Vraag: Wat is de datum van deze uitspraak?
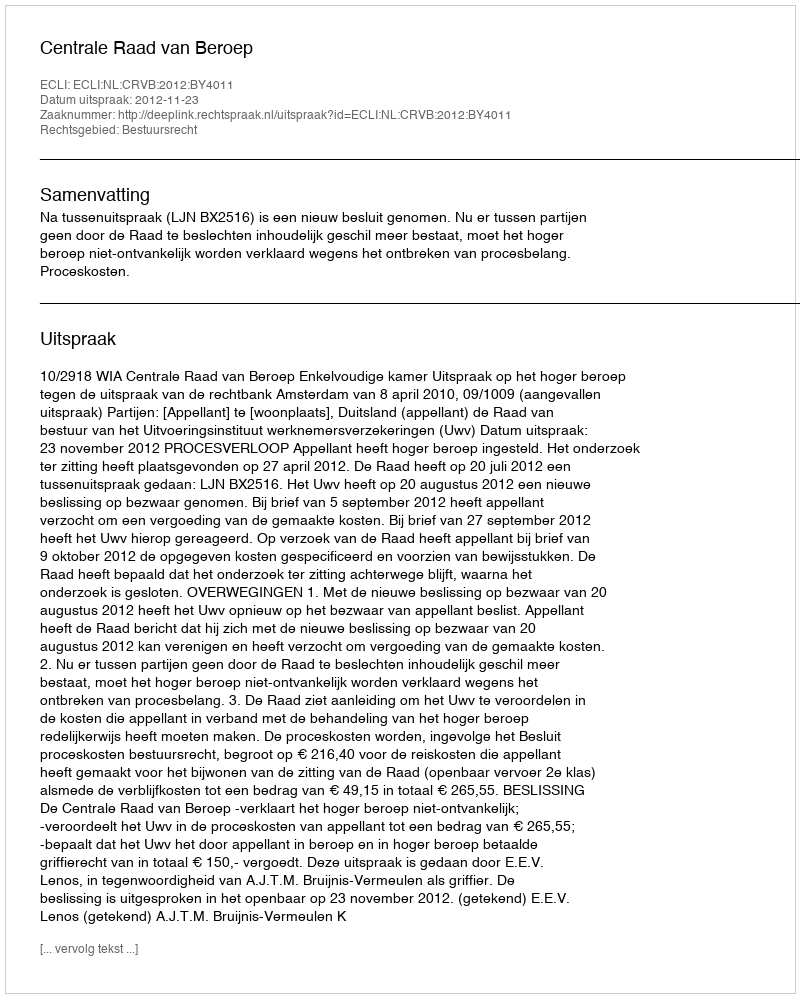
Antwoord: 2012-11-23